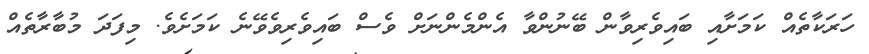
ހަރަކާތެއް ކަމަށާއި ބައިވެރިވާން ބޭނުންވާ އެންމެންނަށް ވެސް ބައިވެރިވެވޭނެ ކަމަށެވެ. މިފަދަ މުބާރާތެއް